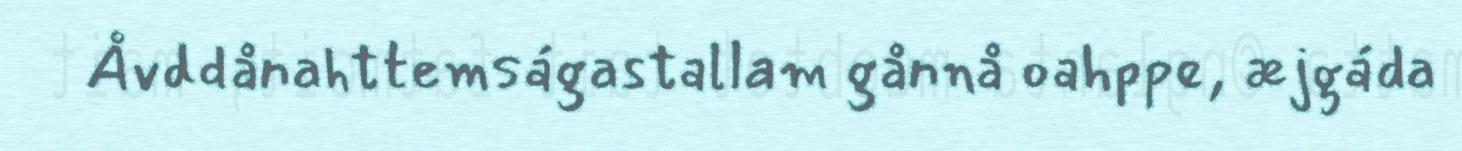
Åvddånahttemságastallam gånnå oahppe, æjgáda